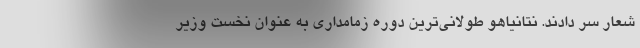
شعار سر دادند. نتانیاهو طولانی‌ترین دوره زمامداری به عنوان نخست وزیر